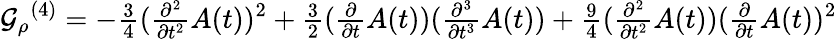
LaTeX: {{\cal{G}}_{\rho}}^{{(4)}}=-{\textstyle\frac{3}{4}}({\textstyle\frac{\partial^{2}}{\partial t^{2}}}{A}(t))^{2}+{\textstyle\frac{3}{2}}({\textstyle\frac{\partial}{\partial t}}{A}(t))({\textstyle\frac{\partial^{3}}{\partial t^{3}}}{A}(t))+{\textstyle\frac{9}{4}}({\textstyle\frac{\partial^{2}}{\partial t^{2}}}{A}(t))({\textstyle\frac{\partial}{\partial t}}{A}(t))^{2}